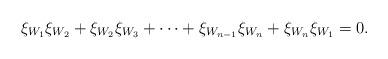
LaTeX: \begin{align*}\xi_{W_1}\xi_{W_2}+\xi_{W_2}\xi_{W_3}+\cdots+\xi_{W_{n-1}}\xi_{W_n}+\xi_{W_n}\xi_{W_1}=0.\end{align*}